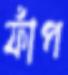
ফাঁপ